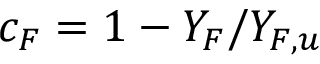
c _ { F } = 1 - Y _ { F } / Y _ { F , u }